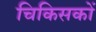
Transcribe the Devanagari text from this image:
चिकिसकों